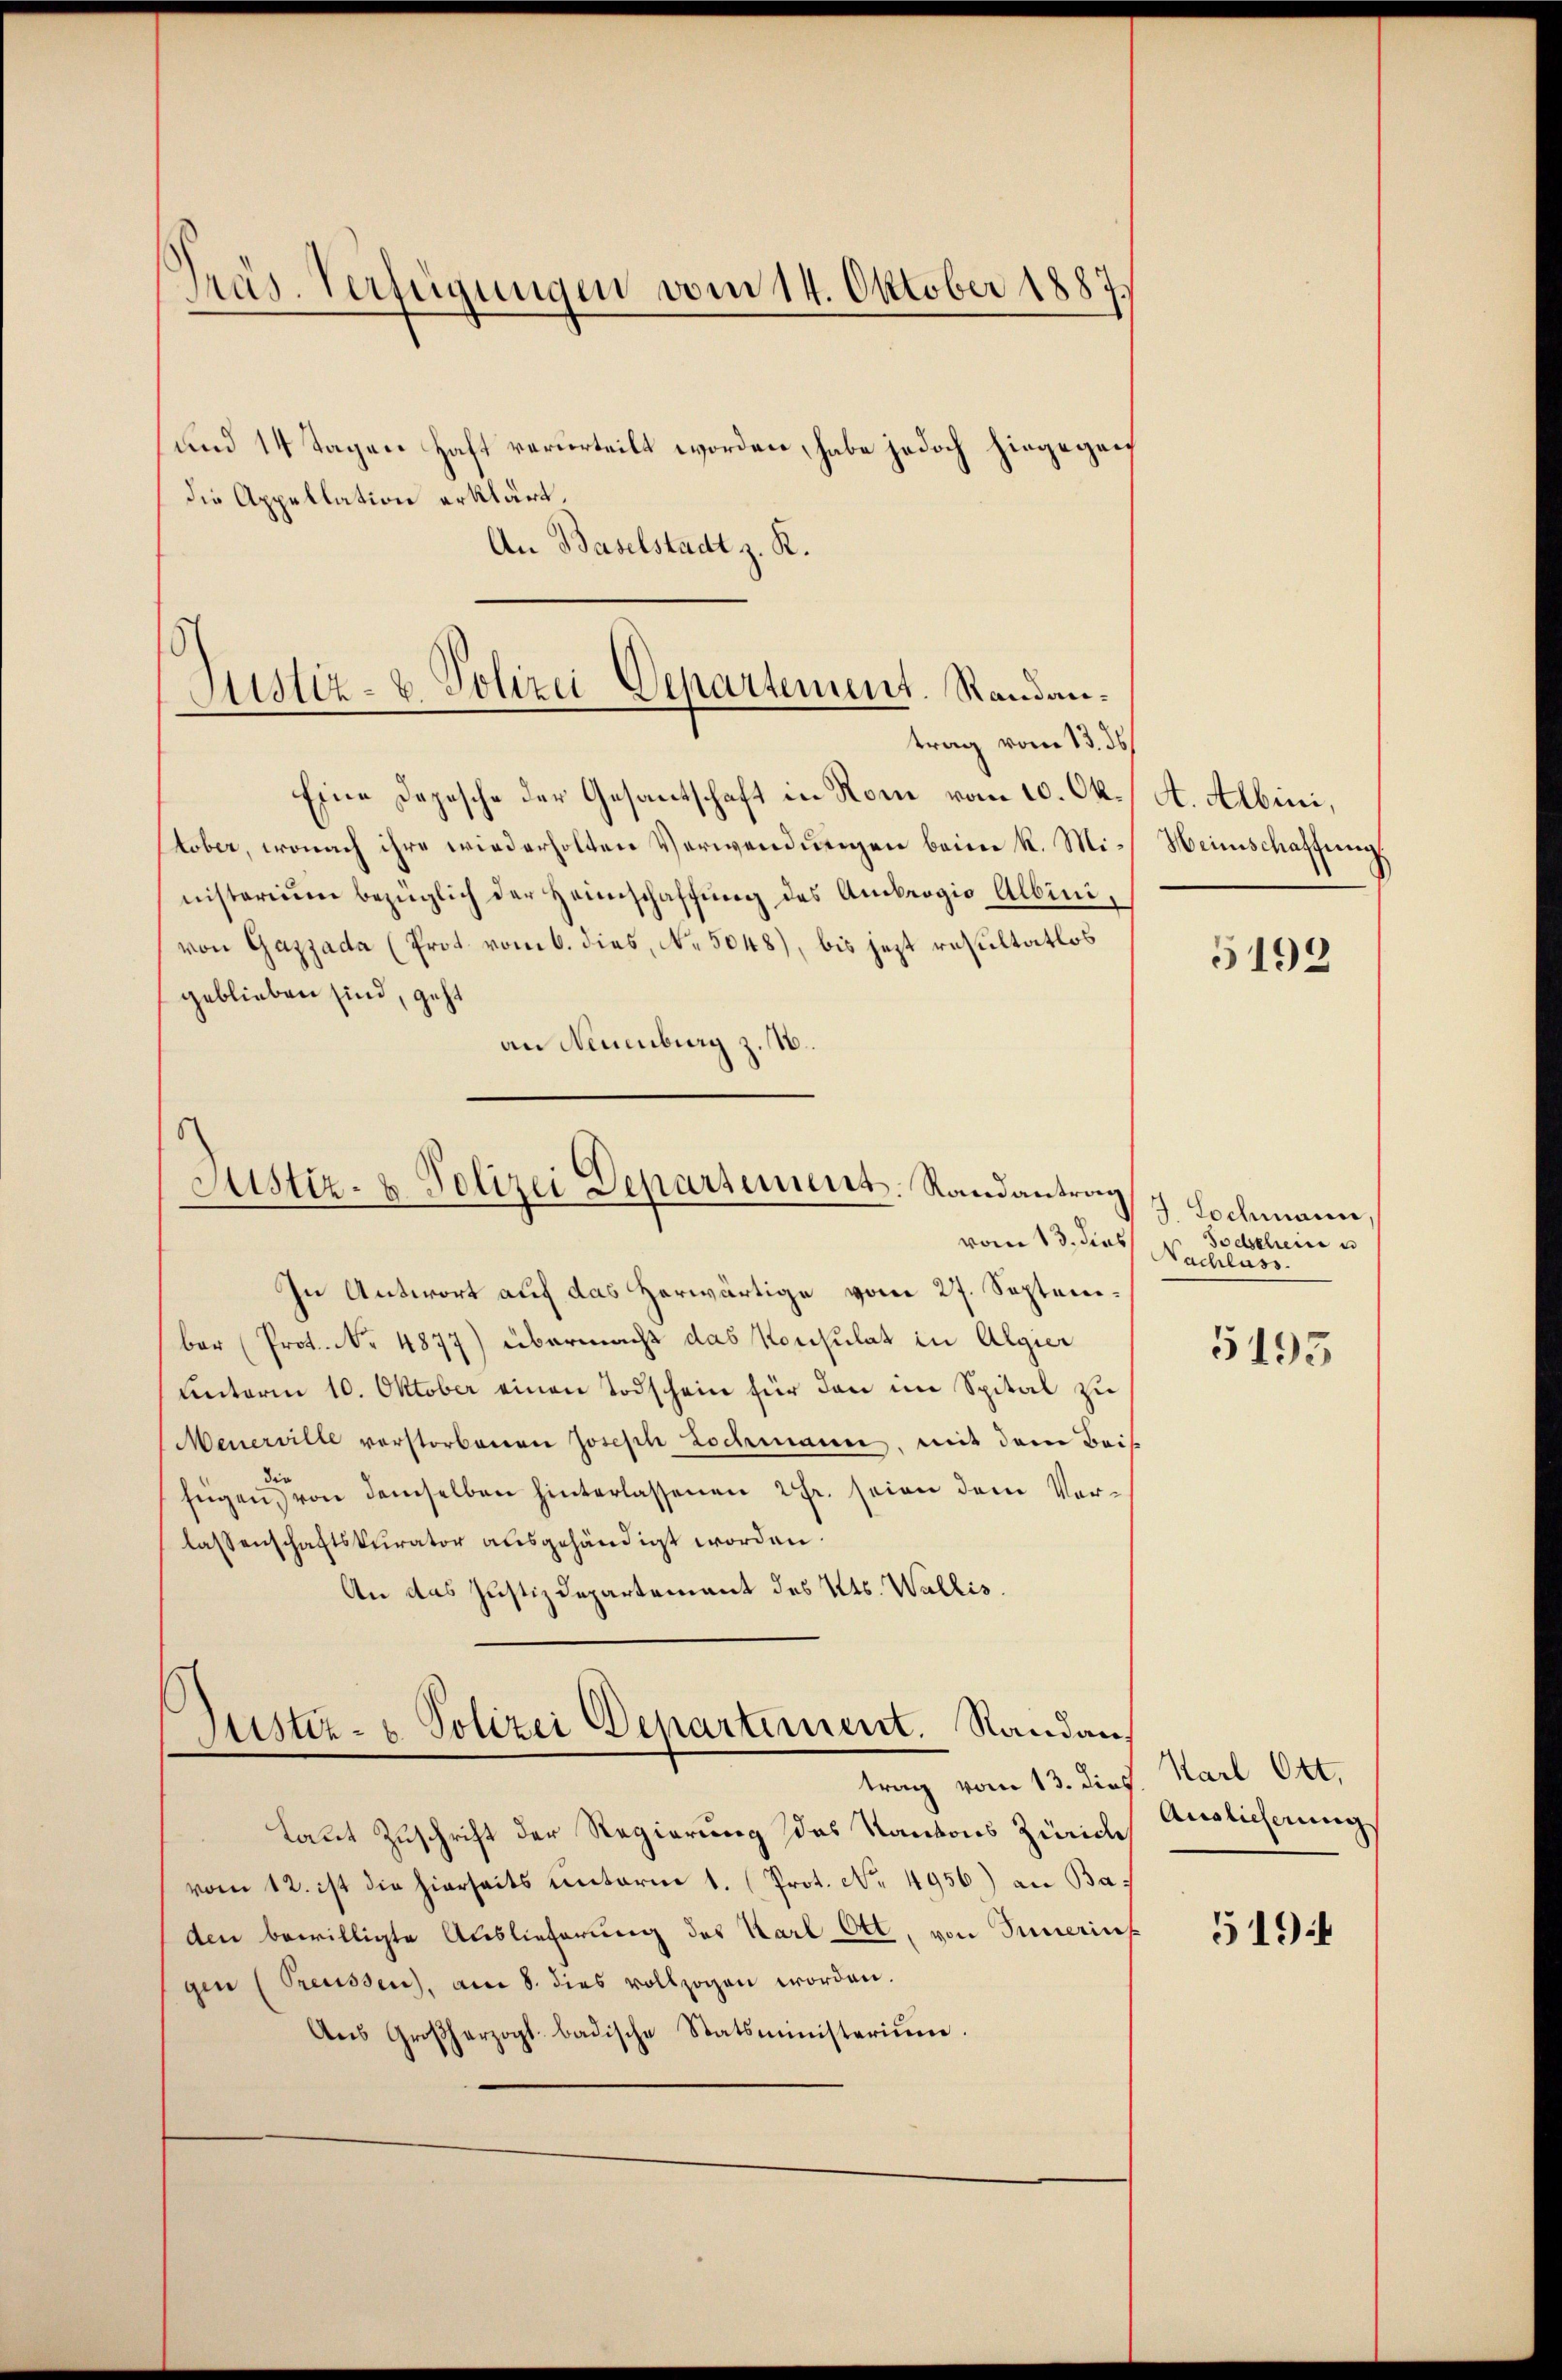
Präs. Verfügungen vom 14. Oktober 1887.

und 14 Tagen haft verurteilt worden, habe jedoch hingegen
die Appellation erklärt.
An Baselstadt z. K.

Sistiz- & Polizei Departement. Standantrag vom 13. ds

Eine Depesche der Gesantschaft in Rom vom 10. Ok-/ A. Albini,
tober, wonach ihre wiederholten Verwendungen beim k. Mi- Weinschaffung
nisterium bezüglich der Heimschaffung des Ambrogio Albini,
von Gazzada (Prot. vom 6. dies, No. 5048), bis jezt resultatlos
geblieben sind, geht
an Neuenburg z. 16.

Justiz- & Polizei Departement. Randantrag
vom 13. dies

In Antwort auf das herwärtige vom 27. September (Prot. No. 4877) übermacht das Konsulat in Algier
unterm 10. Oktober einen Todschein für den im Spital zu
Meuerville vorstorbenen Joseph Lochmann, mit dem Beis
die
fügen, von demselben hinterlassenen 2 Fr. seien dem Verlassenschaftskurator ausgehändigt worden.
An das Justizdepartement des Kts. Wallis.

Justiz- u. Polizei Departiment. Sandan

trag vom 13. dies. Karl Ott.

Laut Zuschrift der Regierung des Kantons Züricht
vom 12. ist die hierseits unterm 1. (Prot. No. 4956) an Baden bewilligte Auslieferung des Karl Ott, von Innerins
gen (Preussen, am 8. dies vollzogen worden.
Aŭs Großherzogt- badische Statsministerium.

5192

J. Lochmann
Todscheine u
Nachlass

5195

Auslicherung

5194